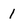
Character: 1